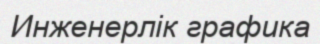
Инженерлік графика